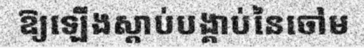
ឱ្យឡើងស្តាប់បង្គាប់នៃចៅម